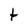
Character: t